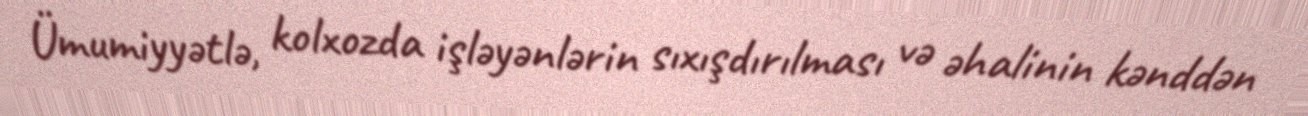
Ümumiyyətlə, kolxozda işləyənlərin sıxışdırılması və əhalinin kənddən